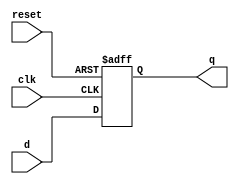
`timescale 1ns / 1ps
//****************************************************************// 
//                                                                // 
//  Created by Naoaki Takatsu on 02/12/2018.                      // 
//  Copyright  2018                                              //
//  Naoaki Takatsu. All rights reserved.                          // 
//                                                                // 
//                                                                // 
//  In submitting this file for class work at CSULB               // 
//  I am confirming that this is my work and the work             // 
//  of no one else. In submitting this code I acknowledge that    // 
//  plagiarism in student project work is subject to dismissal.   //  
//  from the class                                                // 
//****************************************************************//

module reg_1bit(clk, reset, d, q);

   input clk, reset, d;
	output reg q;
	
	always @ (posedge clk, posedge reset)
	   if(reset)
		   q <= 1'b0;
		else
		   q <= d;

endmodule